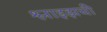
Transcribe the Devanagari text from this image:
श्लाइझची